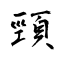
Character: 頸